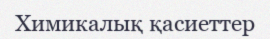
Химикалық қасиеттер